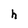
Character: h